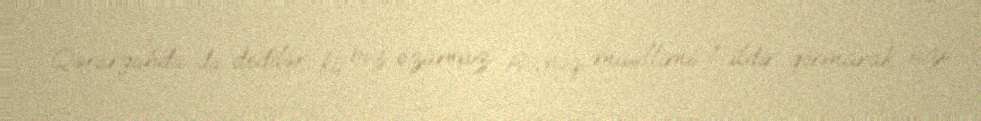
Qərargahda da dedilər ki, biz özümüz Rövnəq müəllimi 1 ildir görmürük, sizi